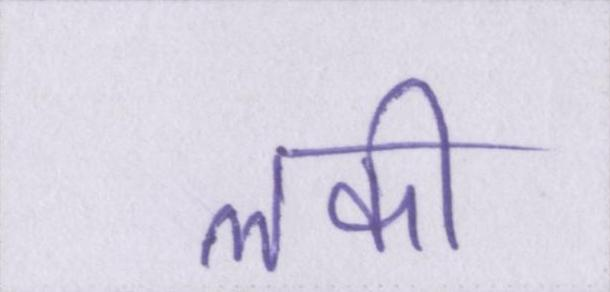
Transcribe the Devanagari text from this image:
लकी